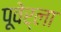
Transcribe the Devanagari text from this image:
पूवेर्ला